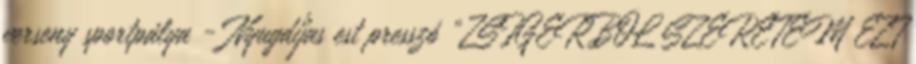
verseny sportpálya - Nyugdíjas est presszó „ZSIGERBŐL SZERETEM EZT